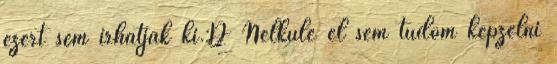
ezért sem írhatják ki.:D Nélküle el sem tudom képzelni